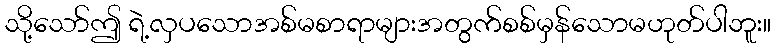
သို့သော်ဤ ရဲ့လှပသောအစ်မစာရာများအတွက်စစ်မှန်သောမဟုတ်ပါဘူး။